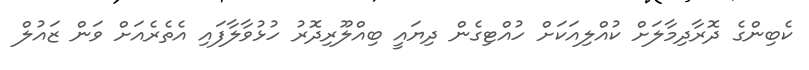
ކެބިންގެ ދޮރާދިމާލަށް ކުއްލިއަކަށް ހުއްޓިގެން ދިޔައީ ބިއްލޫރިދޮރު ހުޅުވާލާފައި އެތެރެއަށް ވަން ޒައުލް